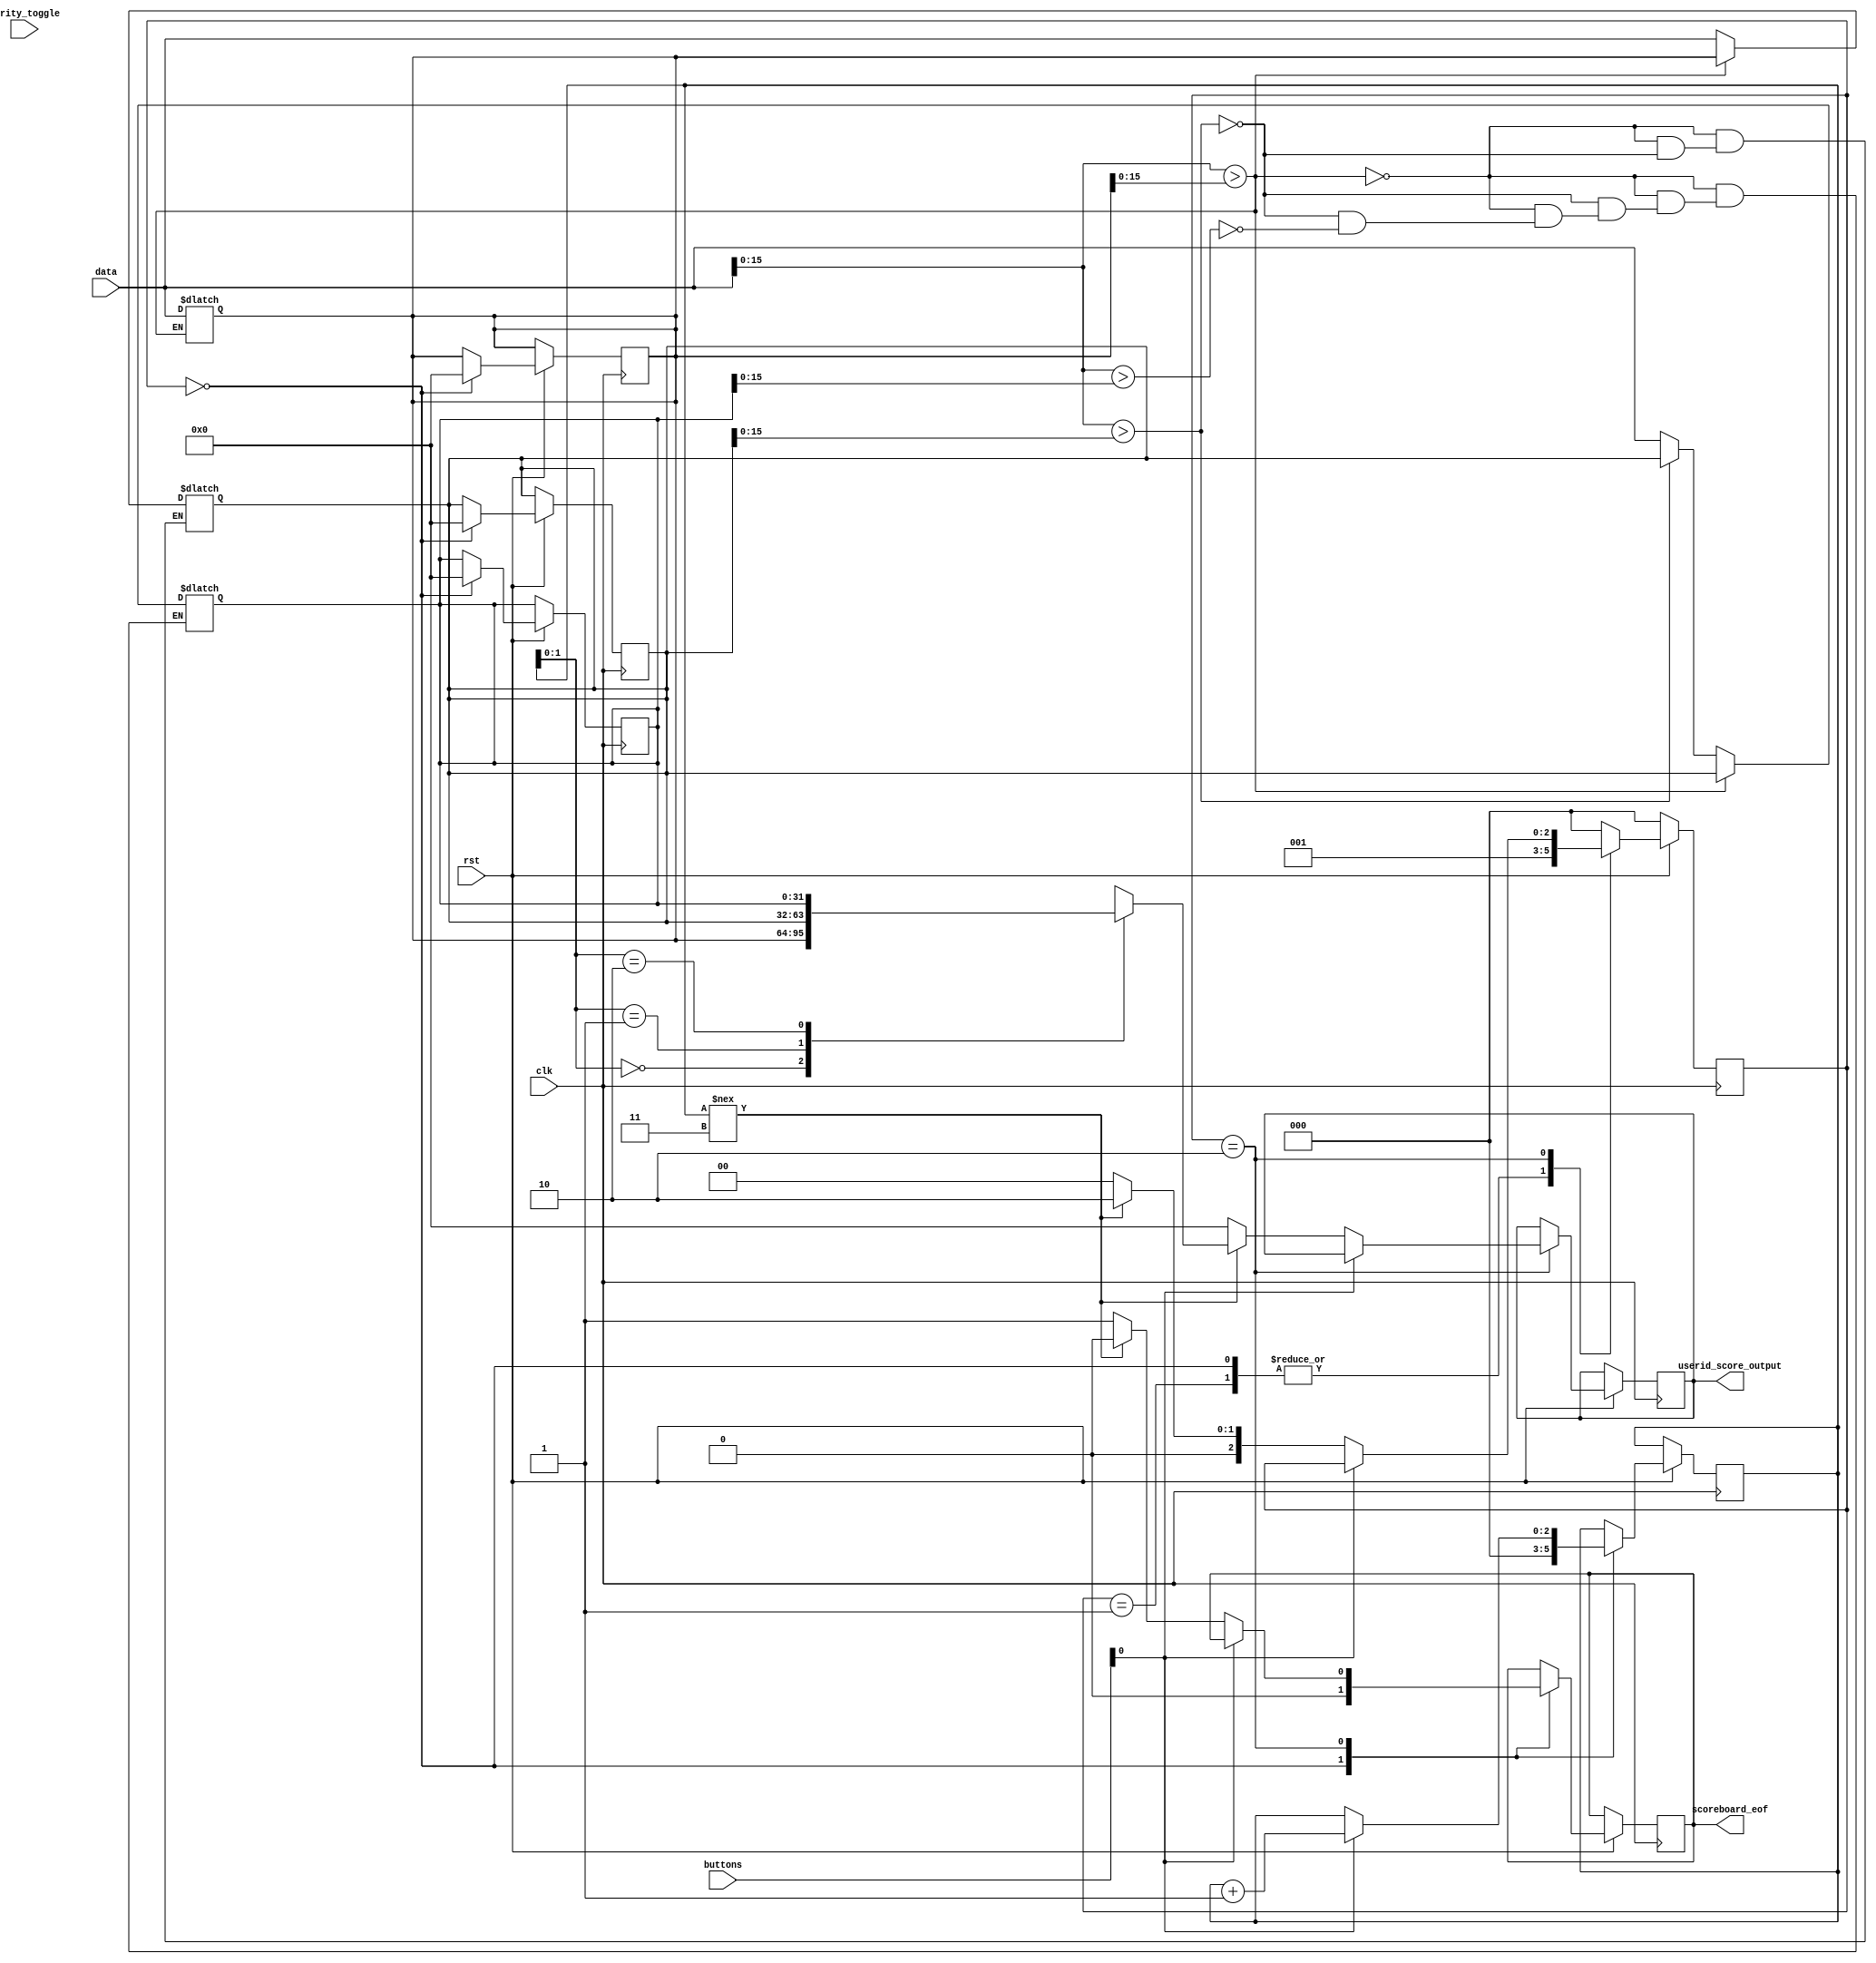
// get data and sort 

// also outputs to the mux 
module ScoreBoardDisplay(
	input [0:0] clk, 
	input [0:0] rst, 
	input [31:0] data,
	input [2:0] buttons, 
	input [0:0] parity_toggle,
	output reg [0:0] scoreboard_eof,
	output reg [31:0] userid_score_output); 
	

	parameter INIT = 0, 
			  STORE = 1,
			  DISPLAY = 2; 
	reg [2:0] State;
	reg [2:0] count;  

	reg [31:0] scoreboard[2:0]; 

	// take in all the data 
	// output three valued bit 
	always @ (parity_toggle) begin
		if(data[15:0] > scoreboard[0][15:0]) begin
			scoreboard[2] = scoreboard[1]; 
			scoreboard[1] = scoreboard[0];
			scoreboard[0] = data; 
		end else if(data[15:0] > scoreboard[1][15:0]) begin
			scoreboard[2] = scoreboard[1]; 
			scoreboard[1] = data; 
		end else if(data[15:0] > scoreboard[2][15:0]) begin
			scoreboard[2] = data; 
		end
		else begin
			// do nothing with it since its small 
		end
	end  

	always @ (posedge clk) begin
		if(!rst) begin
			State <= INIT; 
		end	else begin
			case(State)
				INIT: begin
					count <= 0; 
					scoreboard_eof <= 0;
					scoreboard[0] <= 31'd0; 
					scoreboard[1] <= 31'd0;
					scoreboard[2] <= 31'd0;
					State <= STORE;  
				end
				STORE: begin
					if (data[15] !== 16'hFFFF) begin
						State <= STORE;
					end 
					else begin
						State <= DISPLAY; 	
					end
				end
				DISPLAY: begin
					if(buttons[0] == 1) begin
						count <=count +1;
					end else if(count !== 2'b11) begin
						scoreboard_eof <= 0; 
						userid_score_output <= scoreboard[count];
						State <= DISPLAY; 
					end else begin
						scoreboard_eof <= 1; 
						userid_score_output <= 0;
						State <= INIT;
					end
				end
				default: begin
					State <= INIT; 
				end
			endcase
		end
	end
endmodule